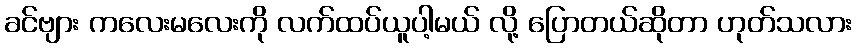
ခင်ဗျား ကလေးမလေးကို လက်ထပ်ယူပါ့မယ် လို့ ပြောတယ်ဆိုတာ ဟုတ်သလား